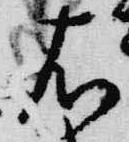
右